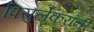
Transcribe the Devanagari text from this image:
पिसुर्लेकरांनी